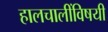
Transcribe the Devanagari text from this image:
हालचालींविषयी